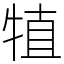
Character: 犆